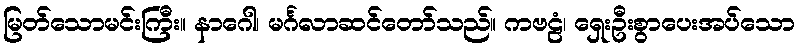
မြတ်သောမင်းကြီး။ နာဂေါ၊ မင်္ဂလာဆင်တော်သည်။ ကဗဠံ၊ ရှေးဦးစွာပေးအပ်သော